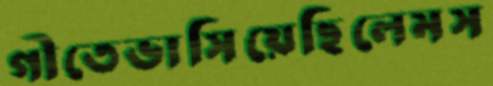
গীতেভাসিয়েছিলেমস